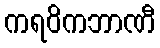
ကရဝိကဘာဏီ